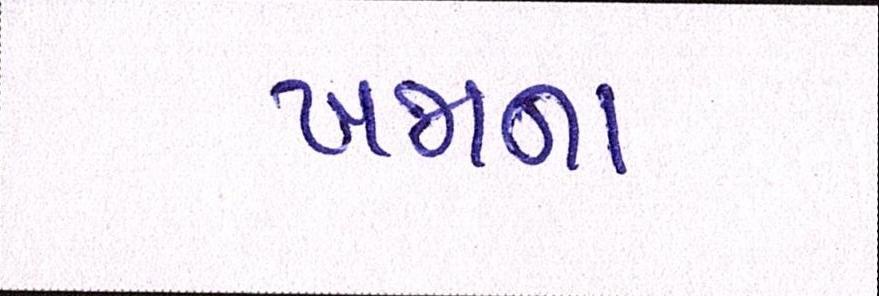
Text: ખજાના